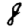
Digit: 8